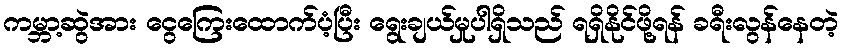
ကမ္ဘာ့ဆွဲအား ငွေကြေးထောက်ပံ့ပြီး ရွေးချယ်မှုပါရှိသည် ရရှိနိုင်ဖို့ရန် ခရီးလွန်နေတဲ့